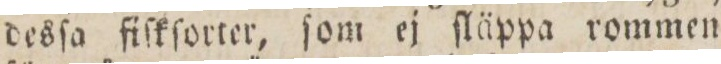
desſa fiſkſorter, ſom ej ſläppa rommen